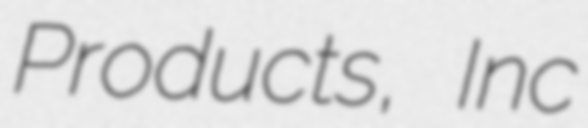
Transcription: Products, Inc